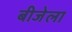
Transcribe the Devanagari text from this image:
बीजेला